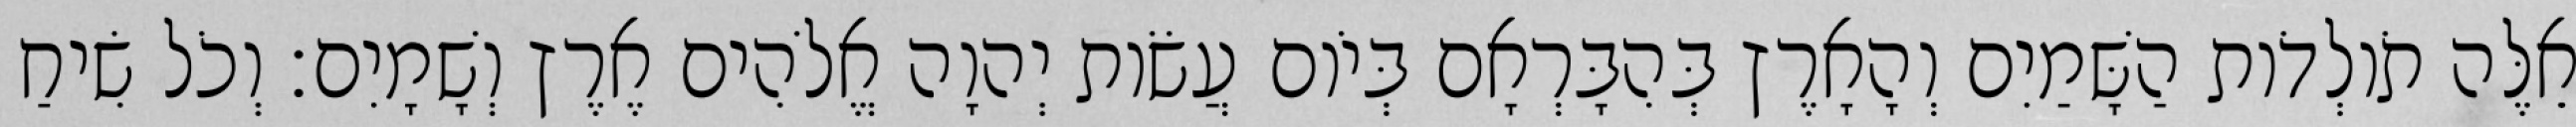
אֵלֶּה תֹולְדֹות הַשָּׁמַיִם וְהָאָרֶץ בְּהִבָּרְאָם בְּיֹום עֲשֹׂות יְהוָה אֱלֹהִים אֶרֶץ וְשָׁמָיִם׃ וְכֹל שִׂיחַ